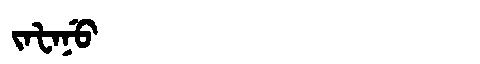
Manchu: ᠵᠠᡶᠠᠨᡠ
Romanization: JAFANU